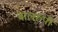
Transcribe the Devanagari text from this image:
बालरूपी